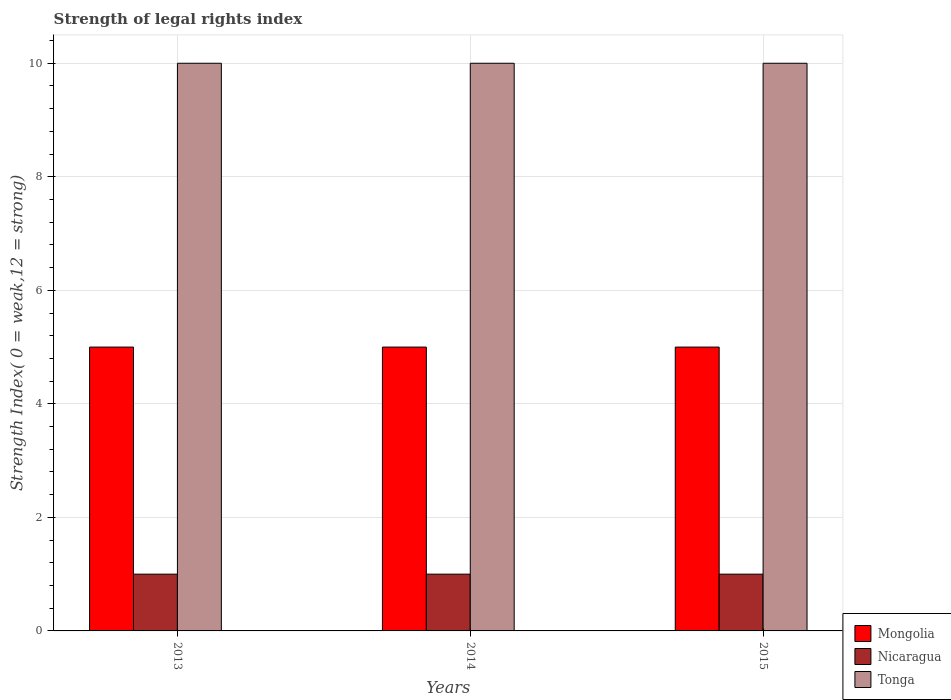
| Years | Mongolia | Nicaragua | Tonga |
 | --- | --- | --- | --- |
 | 2013 | 5 | 1 | 10 |
 | 2014 | 5 | 1 | 10 |
 | 2015 | 5 | 1 | 10 |